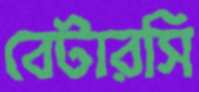
বেটারসি